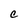
Character: e